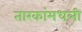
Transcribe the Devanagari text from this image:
तारकांमधली